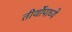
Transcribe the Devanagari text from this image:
तीर्थोपाध्ये